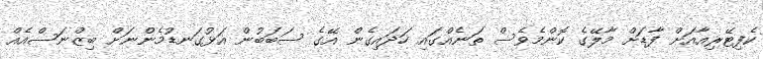
ކެފިޓޭރިއާއަށް ފާޑަށް މާލޭގެ ކޮންމެވެސް ތަނެއްގައި ހަދައިގެން އޭގެ ސަބަބުން އަޅުގަނޑުމެންނަށް ބިޒްނަސްއެއް